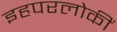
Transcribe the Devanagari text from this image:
इहपरलोकीं